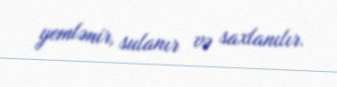
yemlənir, sulanır və saxlanılır.